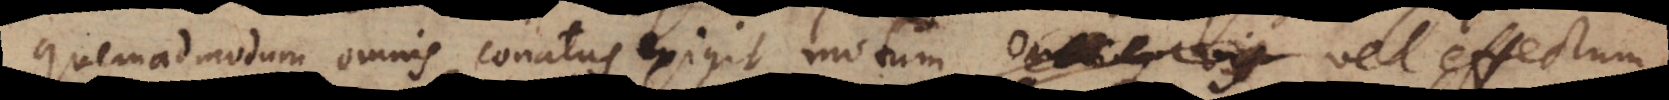
quemadmodum omnis conatus exigit motum, omnisque